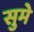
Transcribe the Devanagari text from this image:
सुमे